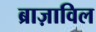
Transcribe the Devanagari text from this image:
ब्राज़ाविल